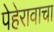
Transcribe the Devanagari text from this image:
पेहेरावाचा